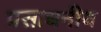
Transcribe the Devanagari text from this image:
प्रसाधनीय